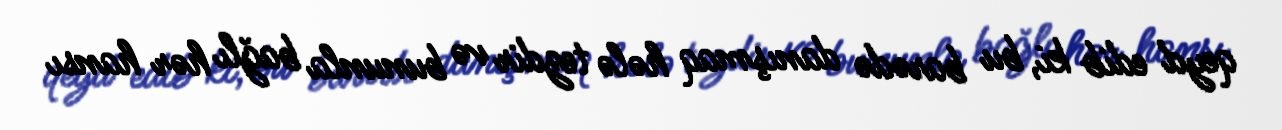
qeyd edib ki, bu barədə danışmaq hələ tezdir və bununla bağlı hər hansı